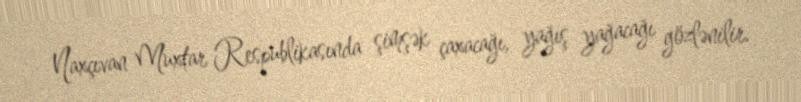
Naxçıvan Muxtar Respublikasında şimşək çaxacağı, yağış yağacağı gözlənilir.